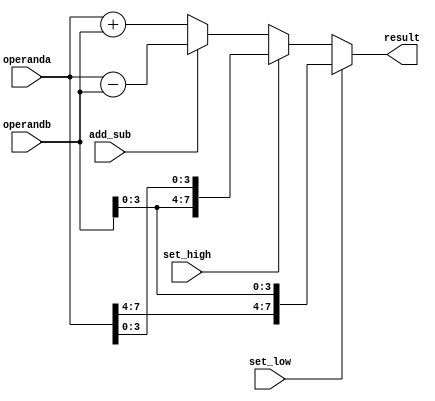
module alu (input add_sub, set_low, set_high, input [7:0] operanda , operandb, output reg [7:0] result);

always @(*) begin
	if (set_low) begin //SR0
		result<={operanda[7:4], operandb[3:0]};
	end else if (set_high) begin //SRH0
		result<={operandb[3:0], operanda[3:0]};
	end else if (!add_sub) begin //note: add_sub=0 -> addition
		result<=operanda+operandb;
	end else begin
		result<=$signed(operanda-operandb);
//		result<=operanda-operandb;
	end
end

endmodule